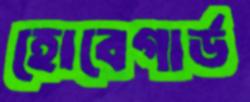
হোবেগার্ড